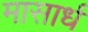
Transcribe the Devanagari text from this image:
मासार्धं